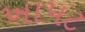
ખાપટ